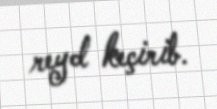
reyd keçirib.